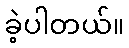
ခဲ့ပါတယ်။